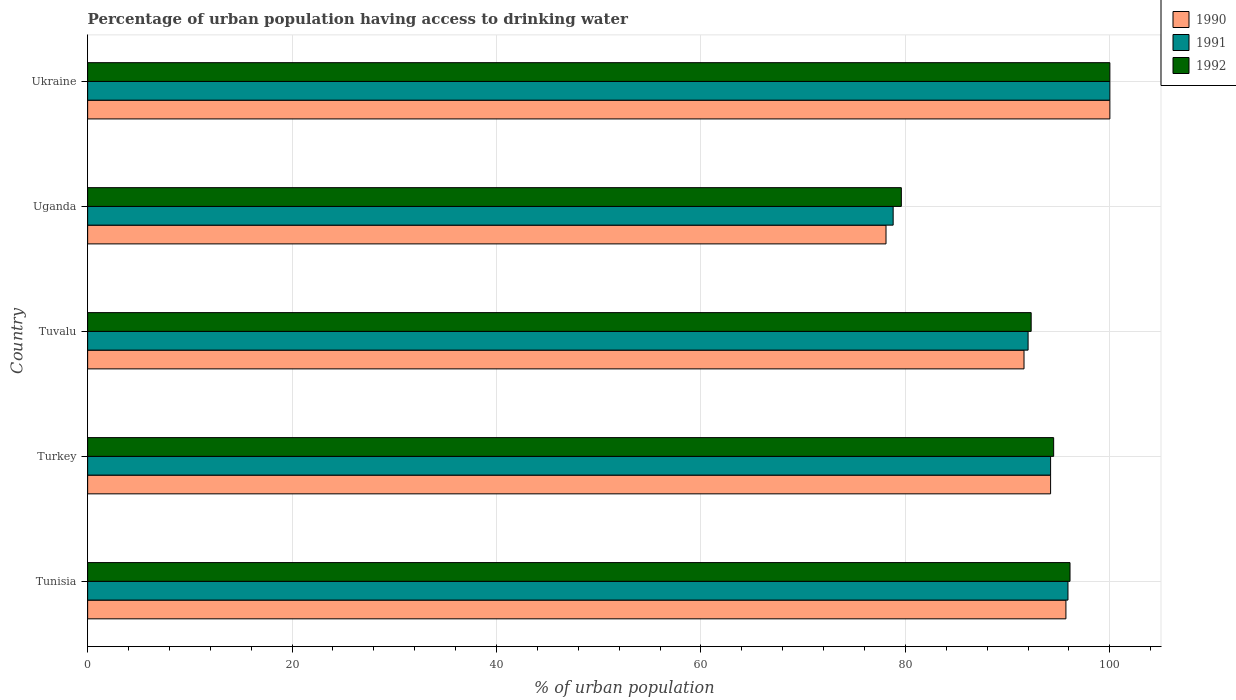
| Country | 1990 | 1991 | 1992 |
 | --- | --- | --- | --- |
 | Tunisia | 95.7 | 95.9 | 96.1 |
 | Turkey | 94.2 | 94.2 | 94.5 |
 | Tuvalu | 91.6 | 92 | 92.3 |
 | Uganda | 78.1 | 78.8 | 79.6 |
 | Ukraine | 100 | 100 | 100 |